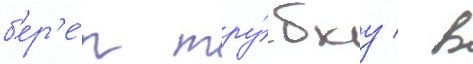
б'ер'е́т тру́бку / в